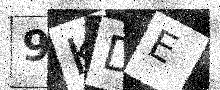
Text: 9KDE